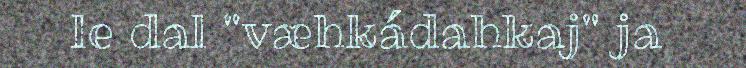
le dal "væhkádahkaj" ja